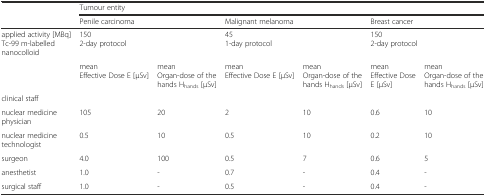
|  | <COLSPAN=6> Tumour entity |
 |  | <COLSPAN=2> Penile carcinoma | <COLSPAN=2> Malignant melanoma | <COLSPAN=2> Breast cancer |
 | --- | --- | --- | --- | --- | --- | --- |
 | applied activity [MBq]Tc-99 m-labelled nanocolloid | <COLSPAN=2> 1502-day protocol | <COLSPAN=2> 451-day protocol | <COLSPAN=2> 1502-day protocol |
 |  | meanEffective Dose E [μSv] | meanOrgan-dose of the hands Hhands [μSv] | meanEffective Dose E [μSv] | meanOrgan-dose of the hands Hhands [μSv] | meanEffective Dose E [μSv] | meanOrgan-dose of the hands Hhands [μSv] |
 | clinical staff |  |  |  |  |  |  |
 | nuclear medicine physician | 105 | 20 | 2 | 10 | 0.6 | 10 |
 | nuclear medicine technologist | 0.5 | 10 | 0.5 | 10 | 0.2 | 10 |
 | surgeon | 4.0 | 100 | 0.5 | 7 | 0.6 | 5 |
 | anesthetist | 1.0 | - | 0.7 | - | 0.4 | - |
 | surgical staff | 1.0 | - | 0.5 | - | 0.4 | - |